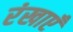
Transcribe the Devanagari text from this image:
रंखाएँ